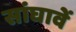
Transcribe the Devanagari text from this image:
सांघावें